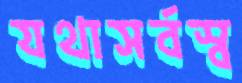
যথাসর্বস্ব